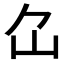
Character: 𡴲